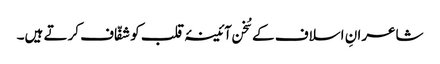
شاعرانِ اسلاف کے سُخن آئینۂ قلب کو شفّاف کرتے ہیں۔